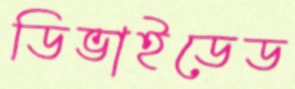
ডিভাইডেড